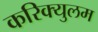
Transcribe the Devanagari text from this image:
करिक्युलम